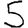
Digit: 5